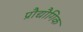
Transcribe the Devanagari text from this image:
प्रौद्यौगिक